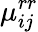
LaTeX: \mu_{ij}^{rr}